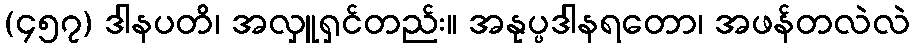
(၄၅၇) ဒါနပတိ၊ အလှူရှင်တည်း။ အနုပ္ပဒါနရတော၊ အဖန်တလဲလဲ